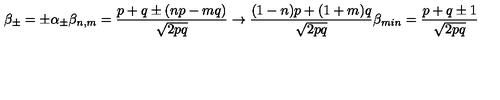
\beta _ { \pm } = \pm \alpha _ { \pm } \beta _ { n , m } = { \frac { p + q \pm ( n p - m q ) } { \sqrt { 2 p q } } } \rightarrow { \frac { ( 1 - n ) p + ( 1 + m ) q } { \sqrt { 2 p q } } } \beta _ { m i n } = { \frac { p + q \pm 1 } { \sqrt { 2 p q } } }